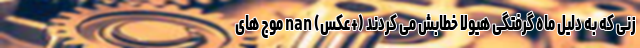
زنی که به دلیل ماه گرفتگی هیولا خطابش می‌ کردند (+عکس) nan موج های